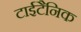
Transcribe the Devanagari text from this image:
टाईटैनिक